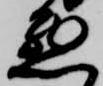
悪